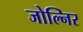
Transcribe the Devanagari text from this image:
जोल्निर